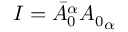
I = { \bar { A } _ { 0 } } ^ { \alpha } { A _ { 0 } } _ { \alpha }